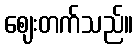
ဈေးတက်သည်။